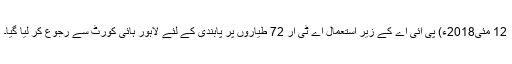
12 مئی2018ء) پی آئی اے کے زیر استعمال اے ٹی آر 72 طیاروں پر پابندی کے لئے لاہور ہائی کورٹ سے رجوع کر لیا گیا۔